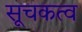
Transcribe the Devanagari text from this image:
सूचकत्व